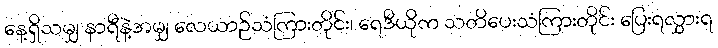
နေ့ရှိသမျှ နာရီနဲ့အမျှ လေယာဉ်သံကြားတိုင်း၊ ရေဒီယိုက သတိပေးသံကြားတိုင်း ပြေးရလွှားရ